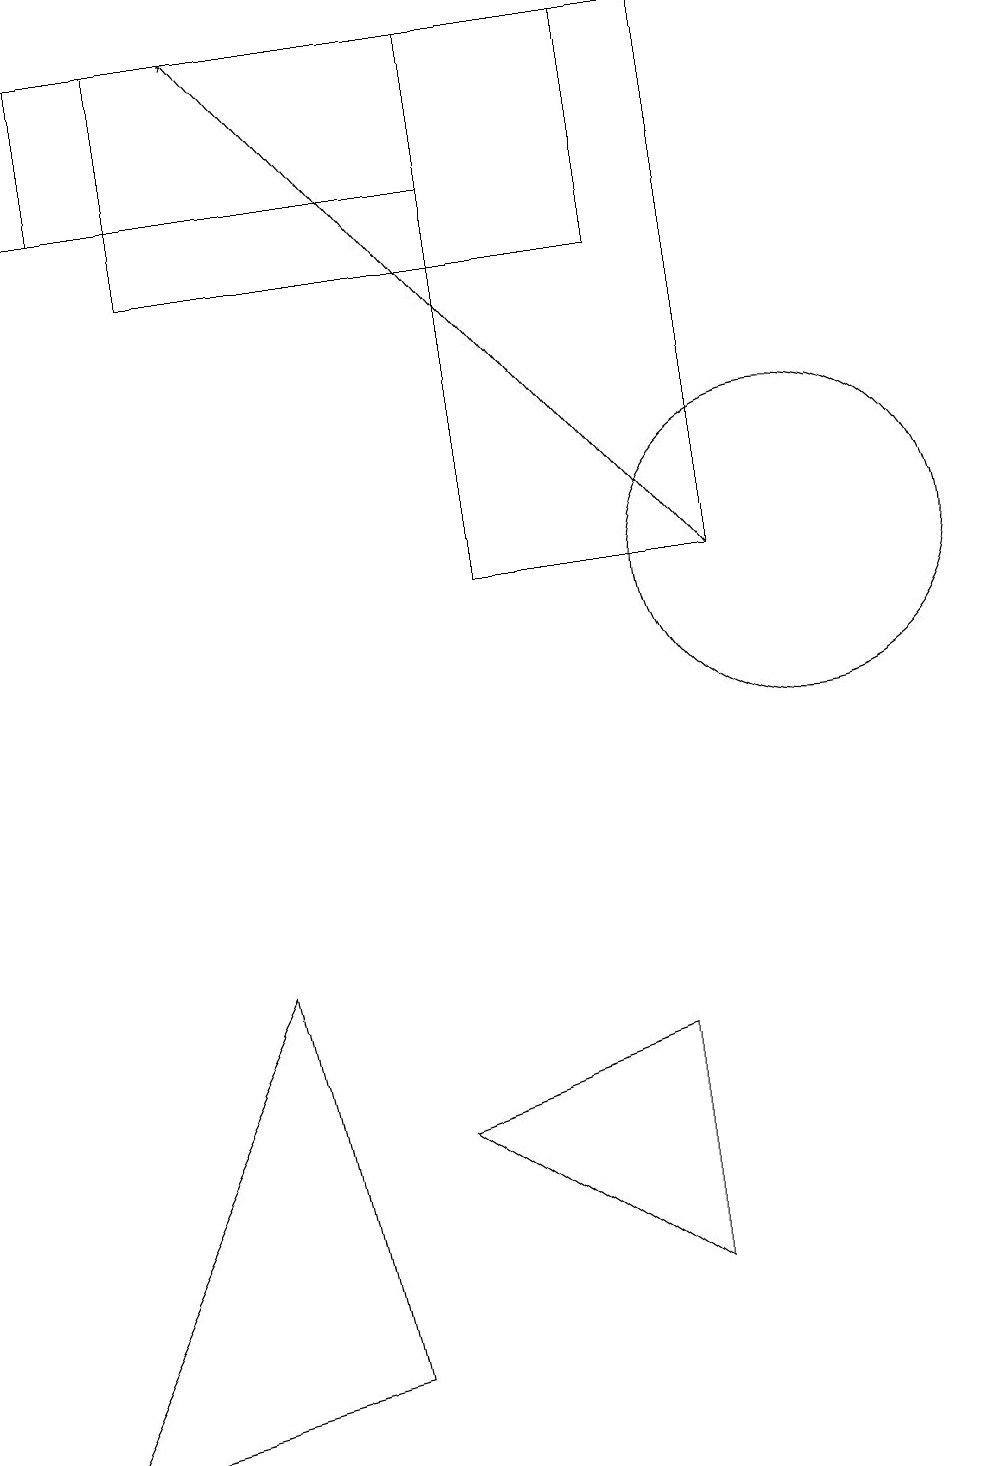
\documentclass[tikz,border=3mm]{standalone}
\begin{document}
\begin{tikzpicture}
\draw (2,18) rectangle (8,15);
\draw (3,6) -- (4,1) -- (0,0) -- cycle;
\draw[->] (1,16) -- (0,16);
\draw (10,11) circle (2);
\draw (6,18) rectangle (9,11);
\draw (1,18) rectangle (6,16);
\draw[->] (9,11) -- (3,18);
\draw (5,4) -- (8,5) -- (8,2) -- cycle;
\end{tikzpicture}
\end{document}